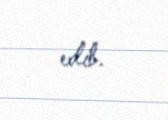
edib.